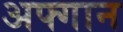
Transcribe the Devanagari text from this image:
अफ्गान